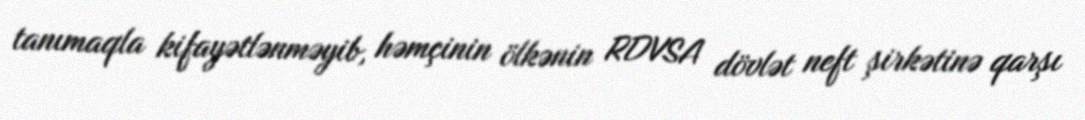
tanımaqla kifayətlənməyib, həmçinin ölkənin RDVSA dövlət neft şirkətinə qarşı